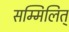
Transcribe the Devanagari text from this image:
सम्मिलित्